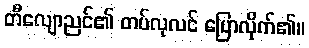
တီလျောညင်၏ တပ်လုလင် ပြောလိုက်၏။